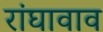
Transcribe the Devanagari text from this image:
रांघावाव